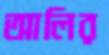
আলির